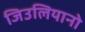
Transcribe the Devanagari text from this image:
जिउलियानो